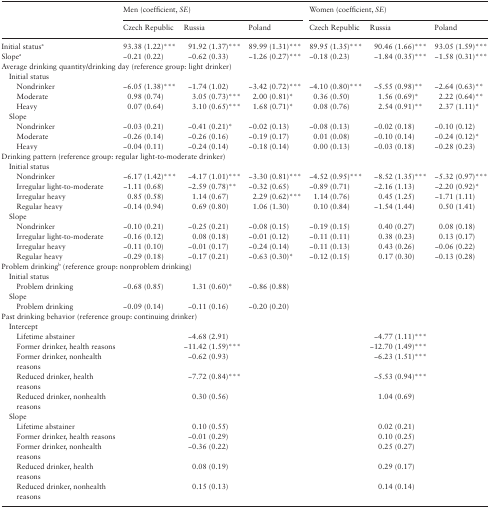
<table><thead><tr><td rowspan="2"></td><td colspan="3"><b>Men (coefficient, <i>SE</i>)</b></td><td colspan="3"><b>Women (coefficient, <i>SE</i>)</b></td></tr><tr><td><b>Czech Republic</b></td><td><b>Russia</b></td><td><b>Poland</b></td><td><b>Czech Republic</b></td><td><b>Russia</b></td><td><b>Poland</b></td></tr></thead><tbody><tr><td>Initial status<sup>a</sup></td><td>93.38 (1.22)***</td><td>91.92 (1.37)***</td><td>89.99 (1.31)***</td><td>89.95 (1.35)***</td><td>90.46 (1.66)***</td><td>93.05 (1.59)***</td></tr><tr><td>Slope<sup>a</sup></td><td>−0.21 (0.22)</td><td>−0.62 (0.33)</td><td>−1.26 (0.27)***</td><td>−0.18 (0.23)</td><td>−1.84 (0.35)***</td><td>−1.58 (0.31)***</td></tr><tr><td colspan="7">Average drinking quantity/drinking day (reference group: light drinker)</td></tr><tr><td colspan="7"> Initial status</td></tr><tr><td>Nondrinker</td><td>−6.05 (1.38)***</td><td>−1.74 (1.02)</td><td>−3.42 (0.72)***</td><td>−4.10 (0.80)***</td><td>−5.55 (0.98)**</td><td>−2.64 (0.63)**</td></tr><tr><td>Moderate</td><td>0.98 (0.74)</td><td>3.05 (0.73)***</td><td>2.00 (0.81)*</td><td>0.36 (0.50)</td><td>1.56 (0.69)*</td><td>2.22 (0.64)**</td></tr><tr><td>Heavy</td><td>0.07 (0.64)</td><td>3.10 (0.65)***</td><td>1.68 (0.71)*</td><td>0.08 (0.76)</td><td>2.54 (0.91)**</td><td>2.37 (1.11)*</td></tr><tr><td colspan="7"> Slope</td></tr><tr><td>Nondrinker</td><td>−0.03 (0.21)</td><td>−0.41 (0.21)*</td><td>−0.02 (0.13)</td><td>−0.08 (0.13)</td><td>−0.02 (0.18)</td><td>−0.10 (0.12)</td></tr><tr><td>Moderate</td><td>−0.26 (0.14)</td><td>−0.26 (0.16)</td><td>−0.19 (0.17)</td><td>0.01 (0.08)</td><td>−0.10 (0.14)</td><td>−0.24 (0.12)*</td></tr><tr><td>Heavy</td><td>−0.04 (0.11)</td><td>−0.24 (0.14)</td><td>−0.18 (0.14)</td><td>0.00 (0.13)</td><td>−0.03 (0.18)</td><td>−0.28 (0.23)</td></tr><tr><td colspan="7">Drinking pattern (reference group: regular light-to-moderate drinker)</td></tr><tr><td colspan="7"> Initial status</td></tr><tr><td>Nondrinker</td><td>−6.17 (1.42)***</td><td>−4.17 (1.01)***</td><td>−3.30 (0.81)***</td><td>−4.52 (0.95)***</td><td>−8.52 (1.35)***</td><td>−5.32 (0.97)***</td></tr><tr><td>Irregular light-to-moderate</td><td>−1.11 (0.68)</td><td>−2.59 (0.78)**</td><td>−0.32 (0.65)</td><td>−0.89 (0.71)</td><td>−2.16 (1.13)</td><td>−2.20 (0.92)*</td></tr><tr><td>Irregular heavy</td><td>0.85 (0.58)</td><td>1.14 (0.67)</td><td>2.29 (0.62)***</td><td>1.14 (0.76)</td><td>0.45 (1.25)</td><td>−1.71 (1.11)</td></tr><tr><td>Regular heavy</td><td>−0.14 (0.94)</td><td>0.69 (0.80)</td><td>1.06 (1.30)</td><td>0.10 (0.84)</td><td>−1.54 (1.44)</td><td>0.50 (1.41)</td></tr><tr><td colspan="7"> Slope</td></tr><tr><td>Nondrinker</td><td>−0.10 (0.21)</td><td>−0.25 (0.21)</td><td>−0.08 (0.15)</td><td>−0.19 (0.15)</td><td>0.40 (0.27)</td><td>0.08 (0.18)</td></tr><tr><td>Irregular light-to-moderate</td><td>−0.16 (0.12)</td><td>0.08 (0.18)</td><td>−0.01 (0.12)</td><td>−0.11 (0.11)</td><td>0.38 (0.23)</td><td>0.13 (0.17)</td></tr><tr><td>Irregular heavy</td><td>−0.11 (0.10)</td><td>−0.01 (0.17)</td><td>−0.24 (0.14)</td><td>−0.11 (0.13)</td><td>0.43 (0.26)</td><td>−0.06 (0.22)</td></tr><tr><td>Regular heavy</td><td>−0.29 (0.18)</td><td>−0.17 (0.21)</td><td>−0.63 (0.30)*</td><td>−0.12 (0.15)</td><td>0.17 (0.30)</td><td>−0.13 (0.28)</td></tr><tr><td colspan="7">Problem drinking<sup>b</sup> (reference group: nonproblem drinking)</td></tr><tr><td colspan="7"> Initial status</td></tr><tr><td>Problem drinking</td><td>−0.68 (0.85)</td><td>1.31 (0.60)*</td><td>−0.86 (0.88)</td><td></td><td></td><td></td></tr><tr><td colspan="7"> Slope</td></tr><tr><td>Problem drinking</td><td>−0.09 (0.14)</td><td>−0.11 (0.16)</td><td>−0.20 (0.20)</td><td></td><td></td><td></td></tr><tr><td colspan="7">Past drinking behavior (reference group: continuing drinker)</td></tr><tr><td colspan="7"> Intercept</td></tr><tr><td>Lifetime abstainer</td><td></td><td>−4.68 (2.91)</td><td></td><td></td><td>−4.77 (1.11)***</td><td></td></tr><tr><td>Former drinker, health reasons</td><td></td><td>−11.42 (1.59)***</td><td></td><td></td><td>−12.70 (1.49)***</td><td></td></tr><tr><td>Former drinker, nonhealth reasons</td><td></td><td>−0.62 (0.93)</td><td></td><td></td><td>−6.23 (1.51)***</td><td></td></tr><tr><td>Reduced drinker, health reasons</td><td></td><td>−7.72 (0.84)***</td><td></td><td></td><td>−5.53 (0.94)***</td><td></td></tr><tr><td>Reduced drinker, nonhealth reasons</td><td></td><td>0.30 (0.56)</td><td></td><td></td><td>1.04 (0.69)</td><td></td></tr><tr><td colspan="7"> Slope</td></tr><tr><td>Lifetime abstainer</td><td></td><td>0.10 (0.55)</td><td></td><td></td><td>0.02 (0.21)</td><td></td></tr><tr><td>Former drinker, health reasons</td><td></td><td>−0.01 (0.29)</td><td></td><td></td><td>0.10 (0.25)</td><td></td></tr><tr><td>Former drinker, nonhealth reasons</td><td></td><td>−0.36 (0.22)</td><td></td><td></td><td>0.25 (0.27)</td><td></td></tr><tr><td>Reduced drinker, health reasons</td><td></td><td>0.08 (0.19)</td><td></td><td></td><td>0.29 (0.17)</td><td></td></tr><tr><td>Reduced drinker, nonhealth reasons</td><td></td><td>0.15 (0.13)</td><td></td><td></td><td>0.14 (0.14)</td><td></td></tr></tbody></table>